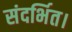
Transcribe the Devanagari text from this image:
संदर्भित।